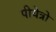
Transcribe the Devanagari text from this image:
पीयेत्रो